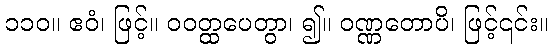
၁၁၀။ ဧဝံ၊ ဖြင့်။ ဝဝတ္ထပေတွာ၊ ၍။ ဝဏ္ဏတောပိ၊ ဖြင့်၎င်း။